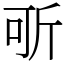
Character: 㪼